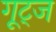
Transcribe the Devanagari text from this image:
गूट्ज